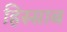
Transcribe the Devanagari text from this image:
हिस्साब